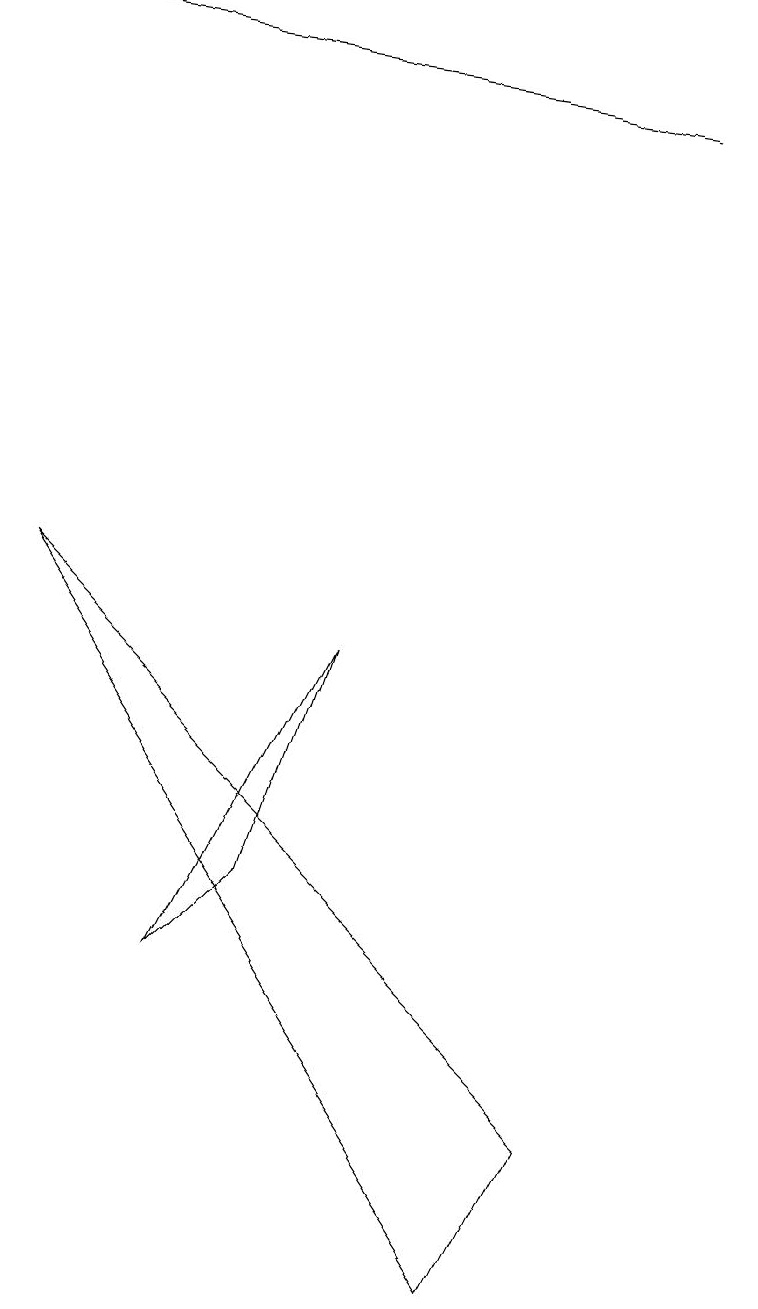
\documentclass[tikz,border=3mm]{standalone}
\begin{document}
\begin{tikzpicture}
\draw (4,8) -- (3,5) -- (2,4) -- cycle;
\draw (7,2) -- (6,0) -- (0,9) -- cycle;
\draw (9,15) rectangle (9,15);
\draw[->] (8,15) -- (0,16);
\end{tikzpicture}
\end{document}